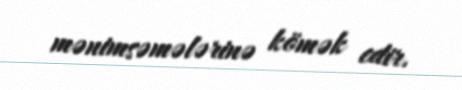
mənimsəmələrinə kömək edir.